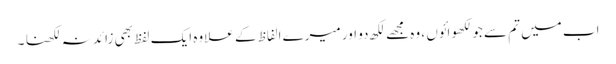
اب میں تم سے جو لکھوائوں ، وہ مجھے لکھ دو اور میرے الفاظ کے علاوہ ایک لفظ بھی زائد نہ لکھنا ۔